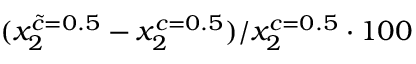
( x _ { 2 } ^ { \tilde { c } = 0 . 5 } - x _ { 2 } ^ { c = 0 . 5 } ) / x _ { 2 } ^ { c = 0 . 5 } \cdot 1 0 0